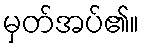
မှတ်အပ်၏။